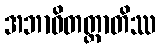
အဘာဝိတတ္တာတိဿ